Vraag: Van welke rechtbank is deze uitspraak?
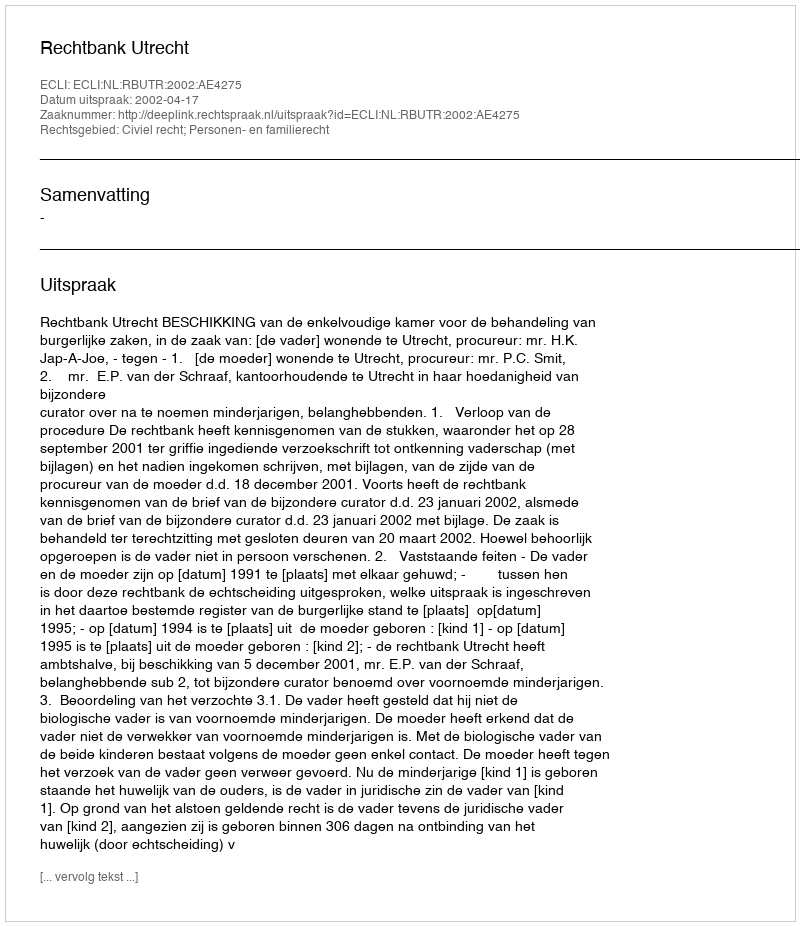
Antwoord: Rechtbank Utrecht